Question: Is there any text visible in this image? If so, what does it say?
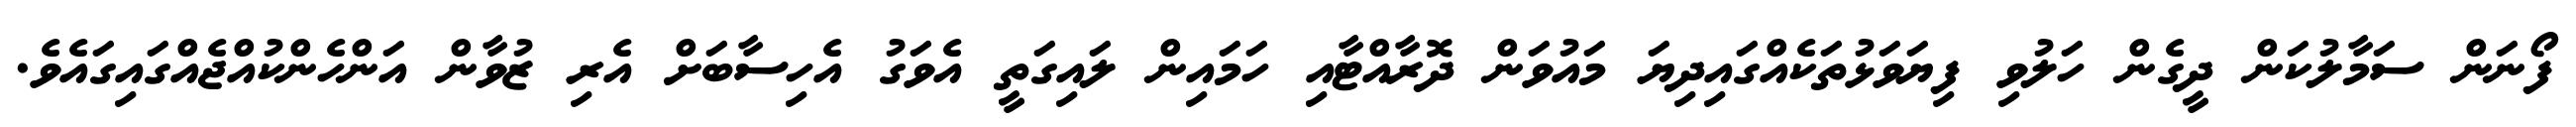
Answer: ފޯނަން ސަމާލުކަން ދީގެން ހަލުވި ފިޔަވަޅުތަކެއްގައިދިޔަ މައުވަން ދޮރާއްޓާއި ހަމައިން ލައިގަތީ އެވަގު އެހިސާބަށް އެރި ޒުވާން އަންހެންކުއްޖެއްގައިގައެވެ.